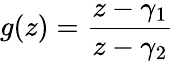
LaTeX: g(z)={\frac{z-\gamma_{1}}{z-\gamma_{2}}}